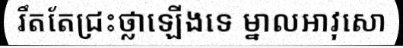
រឹតតែជ្រះថ្លាឡើងទេ ម្នាលអាវុសោ